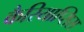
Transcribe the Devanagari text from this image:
कैरियाप्सिस